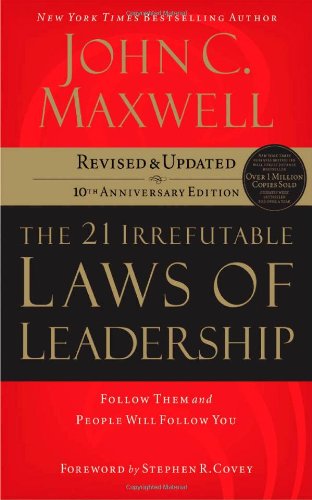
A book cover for The 21 Irrefutable Laws of Leadership: Follow Them and People Will Follow You (10th Anniversary Edition); John C. Maxwell; Business & Money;